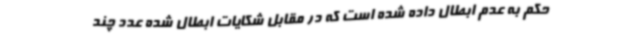
حکم به عدم ابطال داده شده است که در مقابل شکایات ابطال شده عدد چند